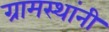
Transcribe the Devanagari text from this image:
ग्रामस्‍थांनी